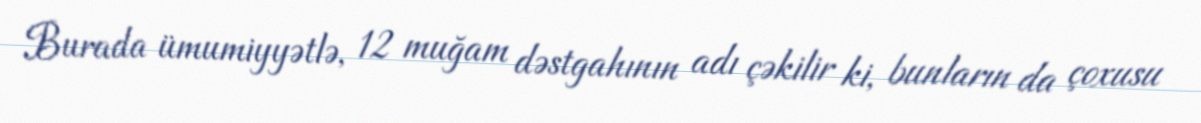
Burada ümumiyyətlə, 12 muğam dəstgahının adı çəkilir ki, bunların da çoxusu